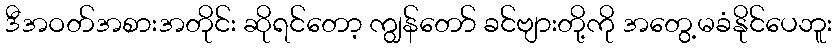
ဒီအဝတ်အစားအတိုင်း ဆိုရင်တော့ ကျွန်တော် ခင်ဗျားတို့ကို အတွေ့မခံနိုင်ပေဘူး